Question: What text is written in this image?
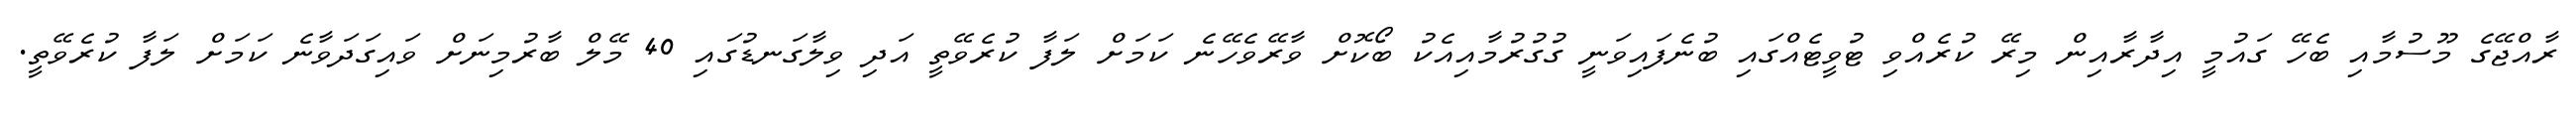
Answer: ރާއްޖޭގެ މޫސުމާއި ބެހޭ ގައުމީ އިދާރާއިން މިރޭ ކުރެއްވި ޓުވީޓެއްގައި ބުނެފައިވަނީ ގުގުރުމާއިއެކު ބޯކޮށް ވާރޭވެހޭނެ ކަމަށް ލަފާ ކުރެވޭތީ އަދި ވިލާގަނޑުގައި 40 މޭލް ބާރުމިނަށް ވައިގަދަވާނެ ކަމަށް ލަފާ ކުރެވޭތީ.